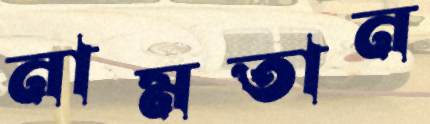
নামতান